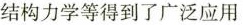
结构力学等得到了广泛应用